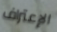
الإعتراف